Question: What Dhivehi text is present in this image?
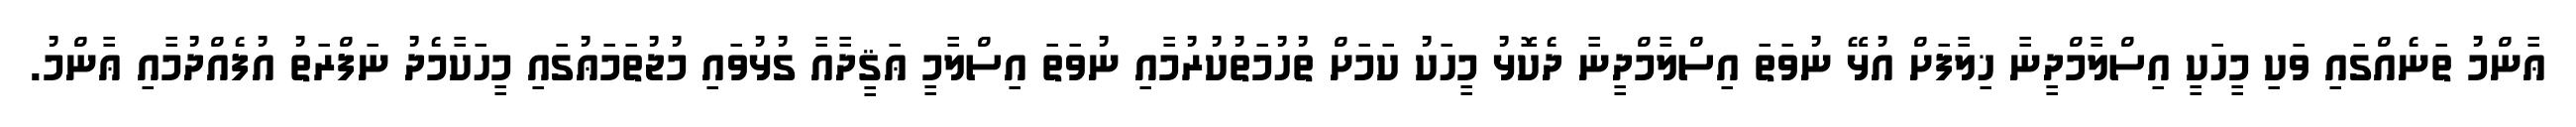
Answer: ޢާންމު ތަނެއްގައި ވަކި މީހަކީ އިސްލާމްދީނާ ޚިލާފަށް އުޅޭ ނުވަތަ އިސްލާމްދީނާ ދެކޮޅު މީހަކު ކަމަށް ތުހުމަތުކުރުމާއި ނުވަތަ އިސްލާމީ ޢަޤީދާއާ ގުޅުވައި މުޖުތަމަޢުގައި މީހަކާމެދު ނަފްރަތު އުފެއްދުމާއި ޢާންމު.